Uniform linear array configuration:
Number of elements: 64
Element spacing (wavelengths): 0.25
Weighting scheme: uniform
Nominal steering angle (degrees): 30
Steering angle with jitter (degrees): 31.597
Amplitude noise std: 0.05
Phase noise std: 0.05

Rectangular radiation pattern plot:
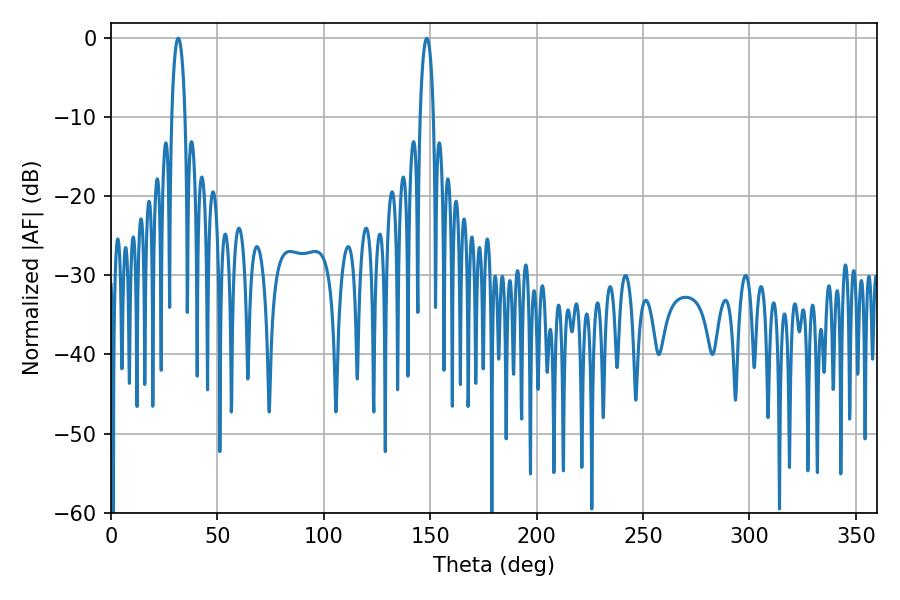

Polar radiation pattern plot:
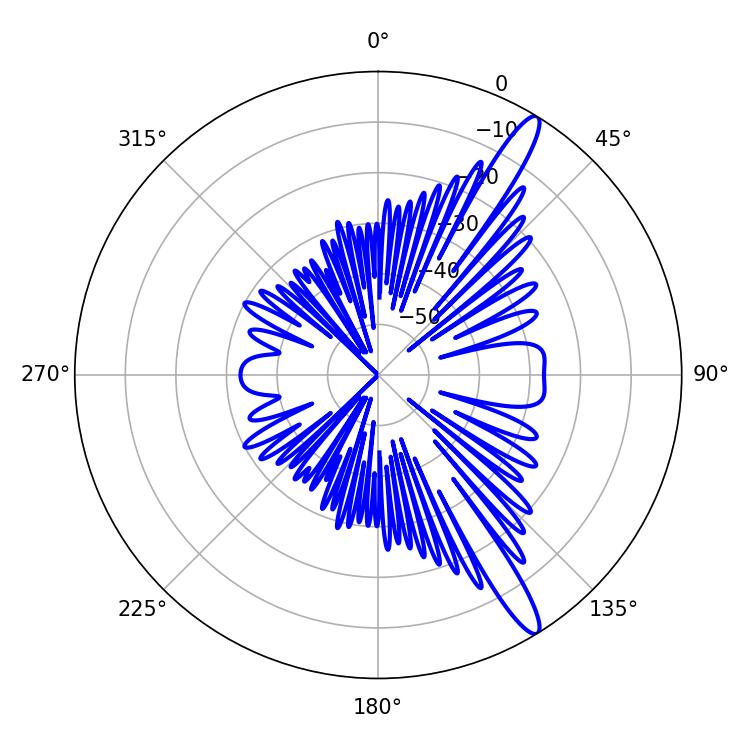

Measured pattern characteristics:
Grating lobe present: FALSE
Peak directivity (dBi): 14.137
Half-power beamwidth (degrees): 3.42
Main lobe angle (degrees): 148.32